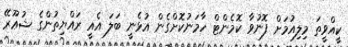
ކީއްވީތަ މިލިއުމަށް ފޮނުވާ ކޮމެންޓް ހާމަނުކޮށްގެން އުޅެނީ ބަލަ އެއީ ރައްޔިތުންގެ ޝުޢޫރޭ